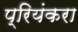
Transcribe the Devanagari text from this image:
प्रियंकरा